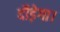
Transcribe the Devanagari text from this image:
दौड़ेगा।